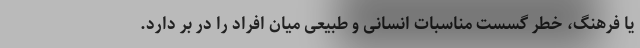
یا فرهنگ، خطر گسست مناسبات انسانی و طبیعی میان افراد را در بر دارد.